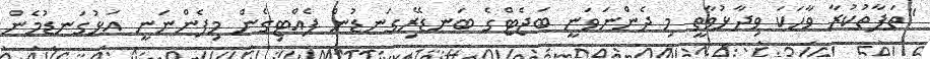
"ތަފާތުކުރާ ވާހަކަ ވިދާޅުވާތީ މި ދެންނަވަނީ ބަޖެޓްގެ ބަނޑޭރިގަނޑުން ފެއްޓިގެން މިފެންނަނީ އަޅުގަނޑުމެން